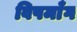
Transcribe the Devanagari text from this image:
विषमाँग